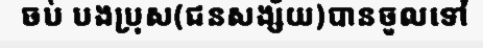
ចប់ បងប្រុស(ជនសង្ស័យ)បានចូលទៅ